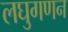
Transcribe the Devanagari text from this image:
लघुगणन